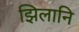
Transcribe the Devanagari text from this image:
झिलानि